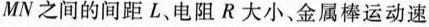
MN之间的间距L、电阻R大小、金属棒运动速